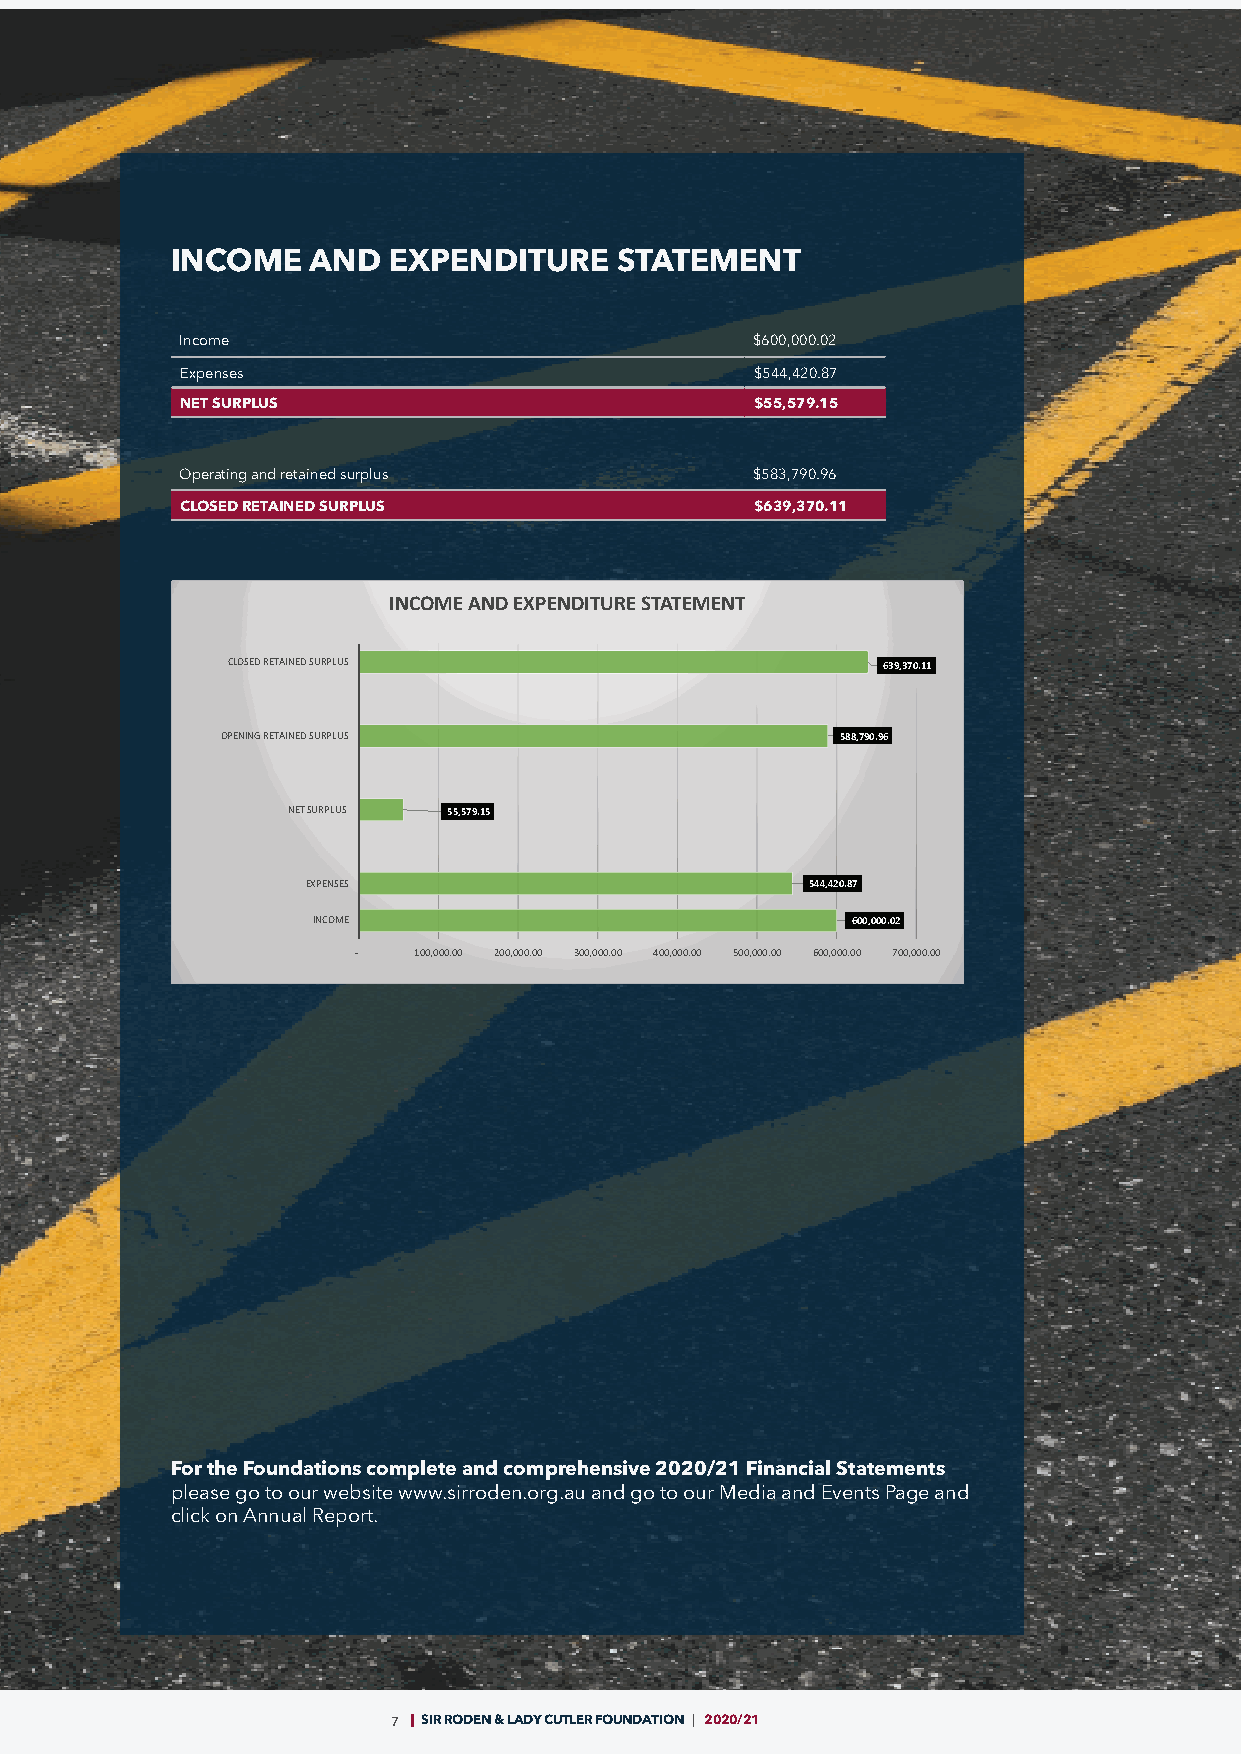
INCOME    AND  EXPENDITURE    STATEMENT
 Income                                $600,000.02
 Expenses                              $544,420.87
 NET SURPLUS                           $55,579.15
 Operating and retained surplus        $583,790.96
 CLOSED RETAINED SURPLUS               $639,370.11
 INCOME AND EXPENDITURE STATEMENT
 CLOSED RETAINED SURPLUS                    639,370.11
 OPENING RETAINED SURPLUS                 588,790.96
 NET SURPLUS 55,579.15
 EXPENSES                          544,420.87
 INCOME                             600,000.02
 -   100,000.00 200,000.00 300,000.00 400,000.00 500,000.00 600,000.00 700,000.00
 For the Foundations complete and comprehensive 2020/21 Financial Statements
 please go to our website www.sirroden.org.au and go to our Media and Events Page and
 click on Annual Report.
 7 SIR RODEN & LADY CUTLER FOUNDATION | 2020/21